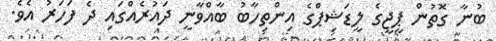
ބުނާ ގޮތުން ޕީޖީގެ ލީޑަޝިޕްގެ އިންތިހާބު ބާއްވާނީ ދަައުރެއްގައި ދެ ފަހަރު އެވެ.